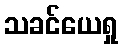
သခင်ယေရှု